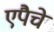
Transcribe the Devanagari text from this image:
एपैचे